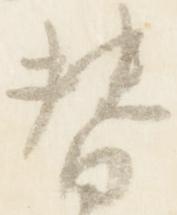
替